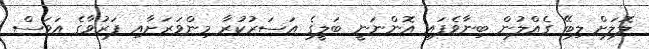
ލޮލަށް ލިބޭ ގެއްލުން ބިނާވެފައި އޮންނަނީ ބަލީގެ އަސަރުކުރާ މިންވަރަށާއި ފަރުވާގެ އަވަސް